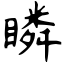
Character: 瞵